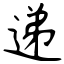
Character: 递